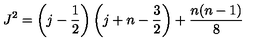
J ^ { 2 } = \left( j - \frac { 1 } { 2 } \right) \left( j + n - \frac { 3 } { 2 } \right) + \frac { n ( n - 1 ) } { 8 }